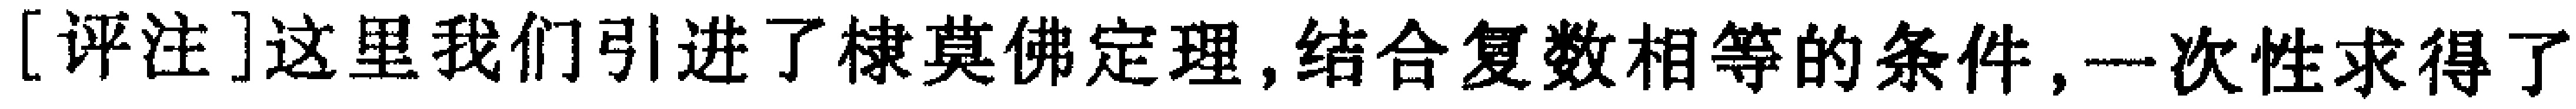
[评注]这里我们引进了棣莫佛定理,结合复数相等的条件,一次性求得了